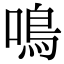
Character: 鳴